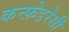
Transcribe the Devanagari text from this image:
कन्फ़ेडरेसी